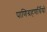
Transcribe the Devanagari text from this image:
पाणिग्रहणर्थियों